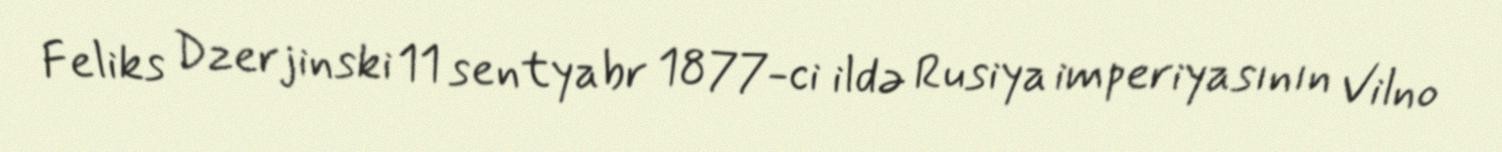
Feliks Dzerjinski 11 sentyabr 1877-ci ildə Rusiya imperiyasının Vilno